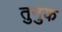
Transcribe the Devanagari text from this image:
तुनुक